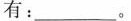
有：___。